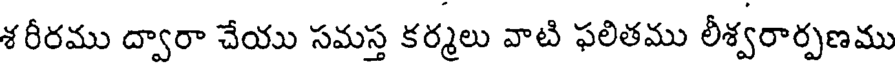
శరీరము ద్వారా చేయు సమస్త కర్మలు వాటి ఫలితము లీశ్వరార్పణము